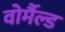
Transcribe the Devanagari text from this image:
वोर्मैल्ड